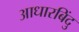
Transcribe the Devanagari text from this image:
आधारबिंदु